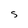
Character: S